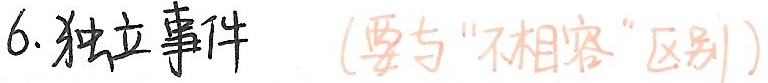
6. 独立事件 （要与“不相容”区别）